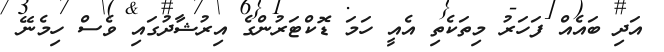
އަދި ބައެއް ފަހަރު މިތަކެތި އެއީ ހަމަ ޑޮކްޓަރުންގެ އިރުޝާދުގައި ވެސް ހިމެނޭ